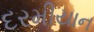
દરમીયાન